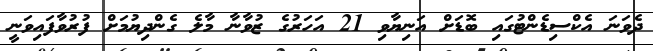
ދެވަނަ އެކްސިޑެންޓުގައި ބޮޑަށް އަނިޔާވި 21 އަހަރުގެ ޒުވާނާ މާލެ ގެންދިޔުމަށް ފުރުވާފައިވަނީ